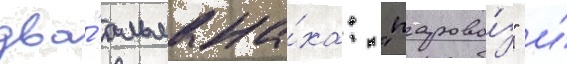
два́ альмана́ха: "парово́з" и́